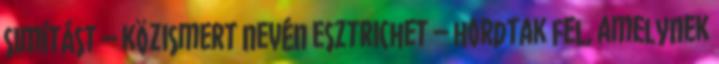
simítást – közismert nevén esztrichet – hordtak fel, amelynek